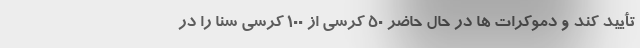
تأیید کند و دموکرات ها در حال حاضر ۵۰ کرسی از ۱۰۰ کرسی سنا را در